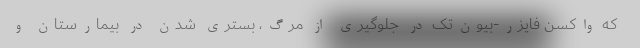
که واکسن فایزر-بیون‌تک در جلوگیری از مرگ، بستری شدن در بیمارستان و